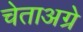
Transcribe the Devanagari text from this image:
चेताअग्रे